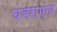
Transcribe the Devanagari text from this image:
घबराएगा